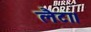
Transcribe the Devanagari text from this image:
लैटा।